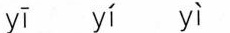
y\bar{i} y\acute{i} y\grave{i}